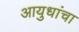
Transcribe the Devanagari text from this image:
आयुधांचा